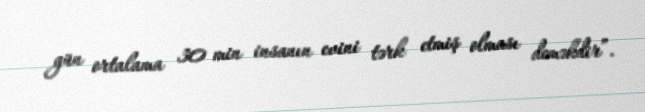
gün ortalama 30 min insanın evini tərk etmiş olması deməkdir”.